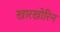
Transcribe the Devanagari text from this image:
खारखोरिन